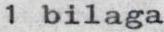
1 bilaga